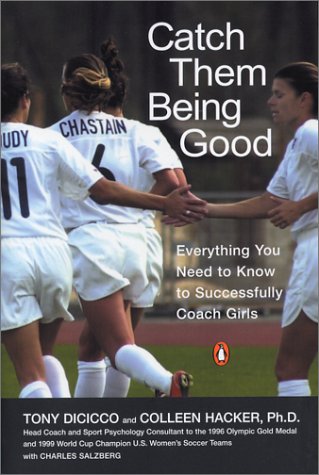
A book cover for Catch Them Being Good: Everything You Need to Know to Successfully Coach Girls; Tony Dicicco; Sports & Outdoors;